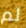
لم